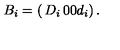
B _ { i } = \left( \begin{matrix} { D _ { i } } & { } & { 0 } \\ { } & { } & { } \\ { 0 } & { } & { d _ { i } } \\ \end{matrix} \right) .